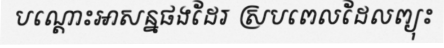
បណ្តោះអាសន្នផងដែរ ស្របពេលដែលព្យុះ